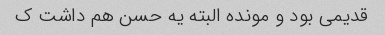
قدیمی بود و مونده البته یه حسن هم داشت ک